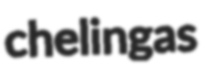
chelingas